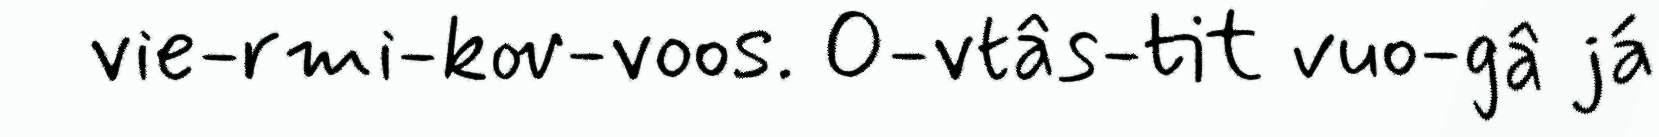
vie-rmi-kov-voos. O-vtâs-tit vuo-gâ já